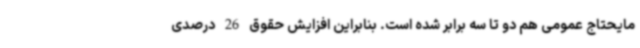
مایحتاج عمومی هم دو تا سه برابر شده است. بنابراین افزایش حقوق 26 درصدی